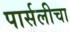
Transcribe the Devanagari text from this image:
पार्सलीचा